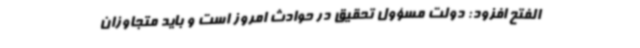
الفتح افزود: دولت مسؤول تحقیق در حوادث امروز است و باید متجاوزان